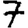
Digit: 7